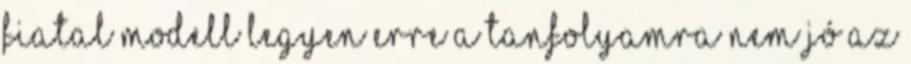
fiatal modell legyen Erre a tanfolyamra nem jó az